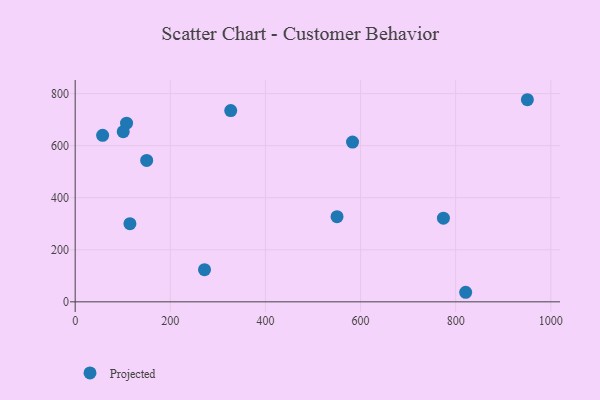
{"axis": {"x": "Experience", "y": "Exam Score"}, "legend": ["Projected"], "data": [{"x": "550.5", "y": 327.3, "type": "Projected"}, {"x": "950.7", "y": 776.4, "type": "Projected"}, {"x": "821.0", "y": 36.7, "type": "Projected"}, {"x": "271.9", "y": 123.5, "type": "Projected"}, {"x": "101.0", "y": 653.8, "type": "Projected"}, {"x": "583.1", "y": 613.9, "type": "Projected"}, {"x": "774.2", "y": 321.3, "type": "Projected"}, {"x": "327.0", "y": 734.8, "type": "Projected"}, {"x": "115.1", "y": 300.3, "type": "Projected"}, {"x": "57.7", "y": 639.5, "type": "Projected"}, {"x": "108.0", "y": 686.5, "type": "Projected"}, {"x": "150.3", "y": 543.1, "type": "Projected"}]}